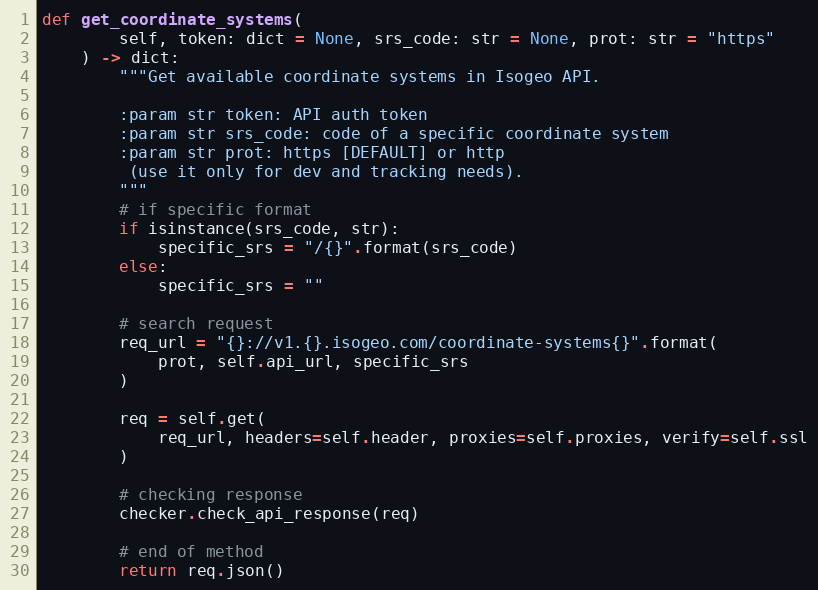
Language: Python
def get_coordinate_systems(
        self, token: dict = None, srs_code: str = None, prot: str = "https"
    ) -> dict:
        """Get available coordinate systems in Isogeo API.

        :param str token: API auth token
        :param str srs_code: code of a specific coordinate system
        :param str prot: https [DEFAULT] or http
         (use it only for dev and tracking needs).
        """
        # if specific format
        if isinstance(srs_code, str):
            specific_srs = "/{}".format(srs_code)
        else:
            specific_srs = ""

        # search request
        req_url = "{}://v1.{}.isogeo.com/coordinate-systems{}".format(
            prot, self.api_url, specific_srs
        )

        req = self.get(
            req_url, headers=self.header, proxies=self.proxies, verify=self.ssl
        )

        # checking response
        checker.check_api_response(req)

        # end of method
        return req.json()